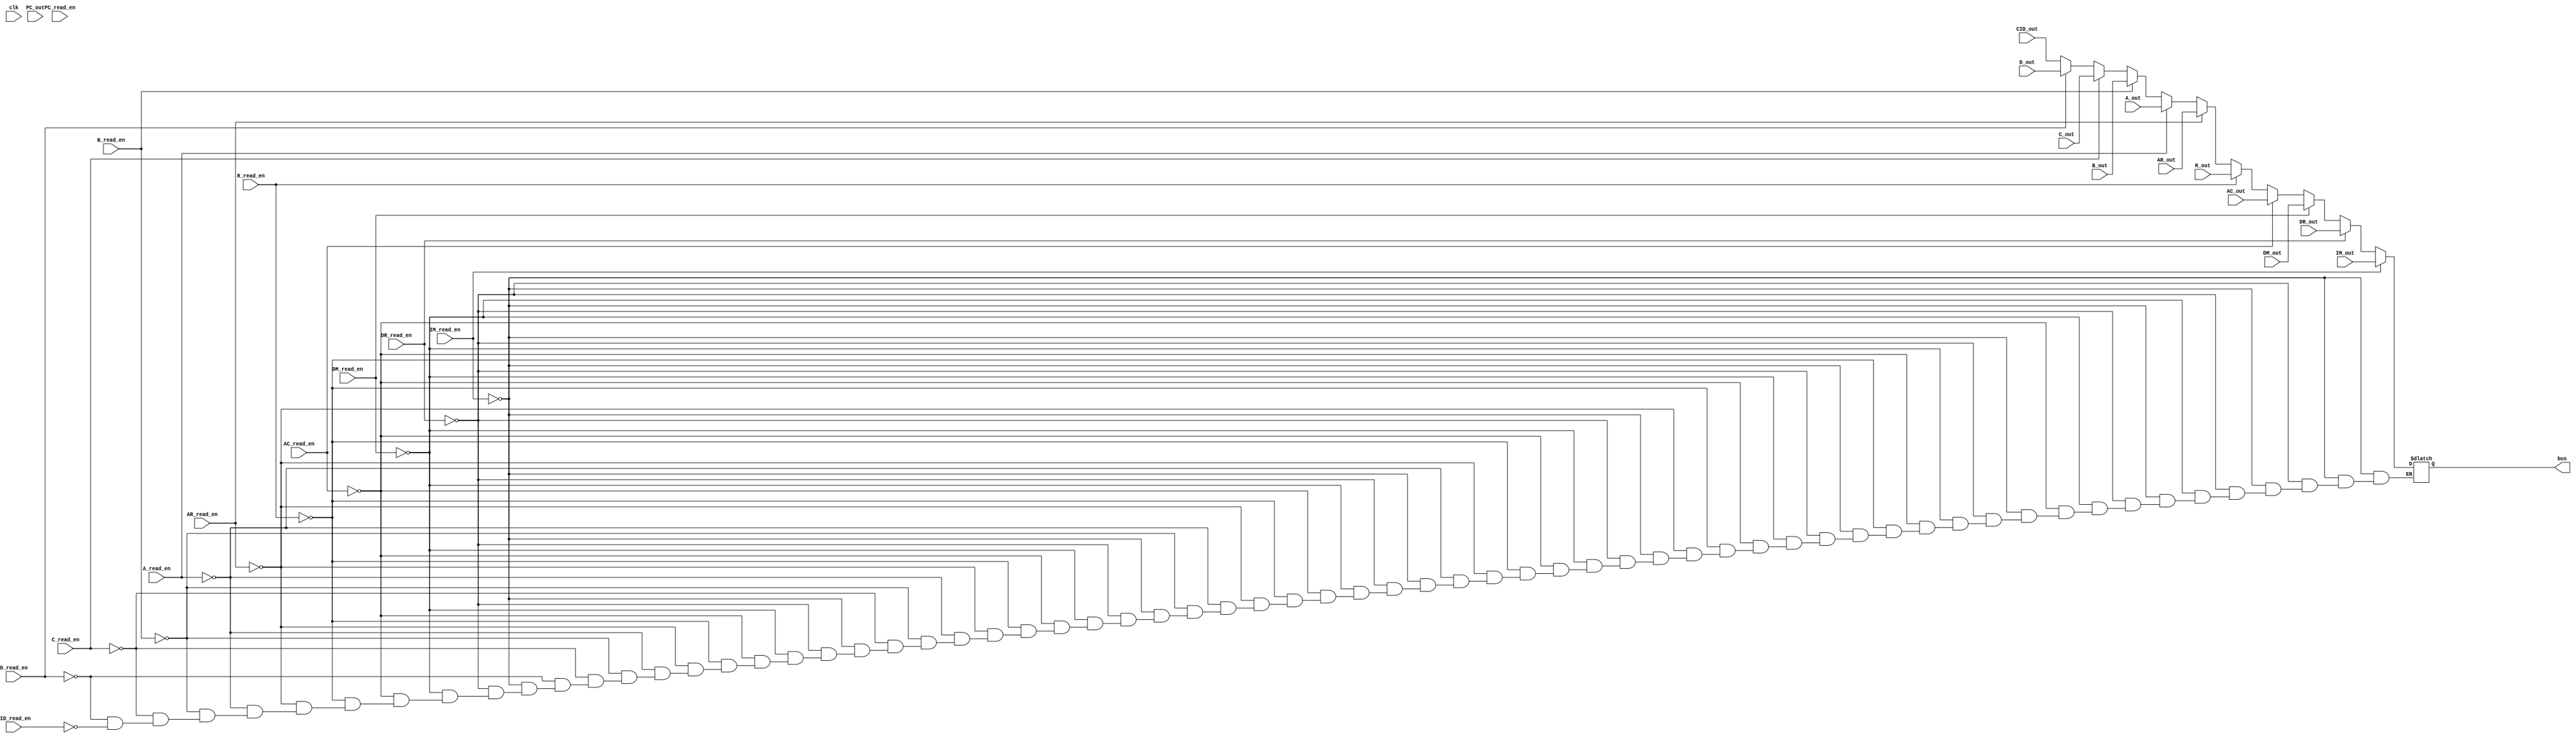
module bus (input clk,
           input [15:0] PC_out,
           input [15:0] AR_out,
           input [15:0] AC_out,
           input [15:0] R_out,
           input [15:0] DM_out,
           input [15:0] IM_out,
           input [15:0] DR_out,
           input [15:0] A_out,
           input [15:0] B_out,
           input [15:0] C_out,
           input [15:0] D_out,
           input [15:0] CID_out,
           input PC_read_en,
           input AR_read_en,
           input AC_read_en,
           input R_read_en,
           input IM_read_en,
           input DM_read_en,
           input DR_read_en,
           input A_read_en,
           input B_read_en,
           input C_read_en,
           input D_read_en,
           input CID_read_en,
           output reg [15:0] bus);
    
    always @(*) begin
        if (IM_read_en == 1'b1)
            bus = IM_out;
        else if (DR_read_en == 1'b1)
            bus = DR_out;
        else if (DM_read_en == 1'b1)
            bus = DM_out;
        else if (AC_read_en == 1'b1)
            bus = AC_out;
        else if (R_read_en == 1'b1)
            bus = R_out;
        else if (AR_read_en == 1'b1)
            bus = AR_out;
        else if (A_read_en == 1'b1)
            bus = A_out;
        else if (B_read_en == 1'b1)
            bus = B_out;
        else if (C_read_en == 1'b1)
            bus = C_out;
        else if (D_read_en == 1'b1)
            bus = D_out;
        else if (CID_read_en == 1'b1)
            bus = CID_out;
    end
        
endmodule